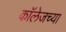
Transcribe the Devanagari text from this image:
काॅलेजच्या